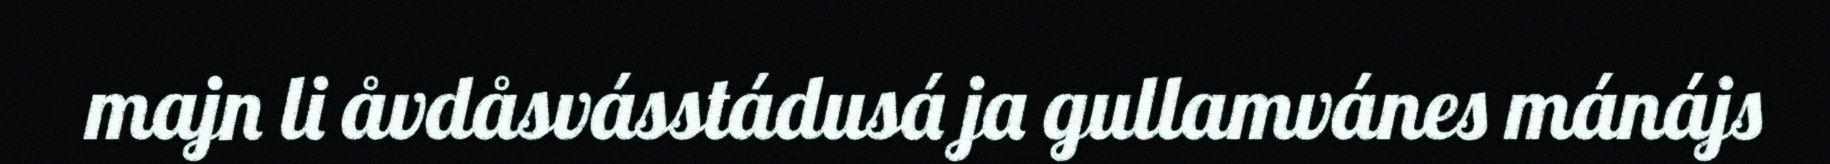
majn li åvdåsvásstádusá ja gullamvánes mánájs